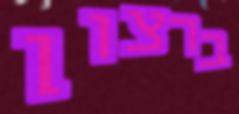
ברצון